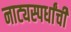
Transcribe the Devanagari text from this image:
नाट्यस्पर्धांची